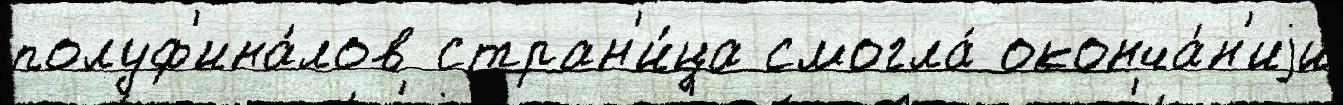
полуф'ина́лов стран'и́ца смогла́ оконча́н'иjи